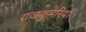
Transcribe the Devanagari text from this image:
राजकुमरियाँ